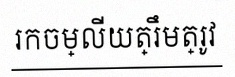
រកចម្លើយត្រឹមត្រូវ